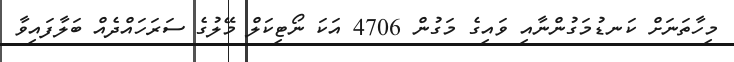
މިހާތަނަށް ކަނޑުމަގުންނާއި ވައިގެ މަގުން 4706 އަކަ ނޯޓިކަލް މޭލުގެ ސަރަހައްދެއް ބަލާފައިވާ